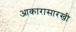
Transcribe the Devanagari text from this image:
आकारासारखी